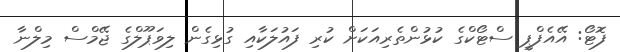
ފޮޓޯ: އޭއެފްޕީ ސްޓޯކްގެ ކުޅުންތެރިއަކަށް ކުރި ފައުލަކާއި ގުޅިގެން ލިވަޕޫލްގެ ޖޭމްސް މިލްނާ